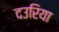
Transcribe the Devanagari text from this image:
दउरिया